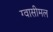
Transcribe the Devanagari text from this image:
ग्वासीमल